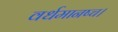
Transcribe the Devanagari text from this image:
वर्धमानष्च।